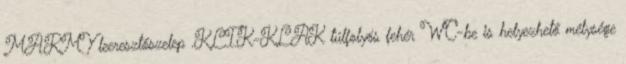
MARMY leeresztőszelep .KLIK-KLAK túlfolyós fehér WC-be is helyezhető mélysége